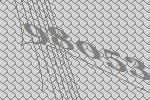
98053